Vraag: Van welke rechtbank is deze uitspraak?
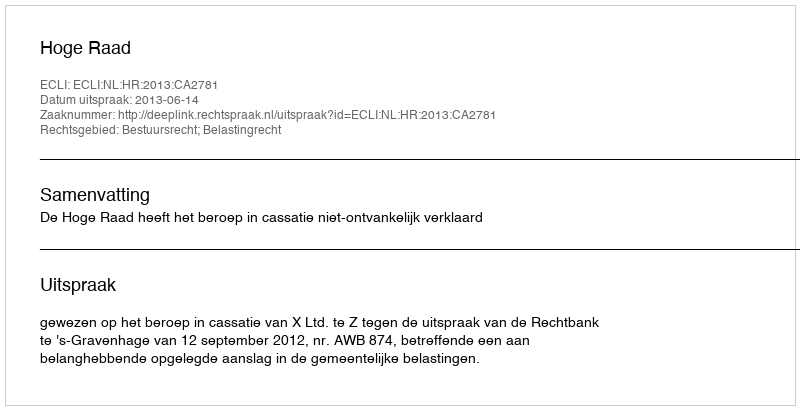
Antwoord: Hoge Raad